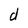
Character: d